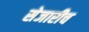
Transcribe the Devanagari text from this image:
सेजारीच